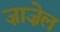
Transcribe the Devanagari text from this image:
ज़ाज़ेल